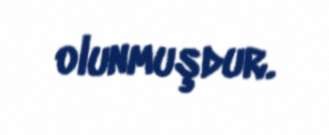
olunmuşdur.